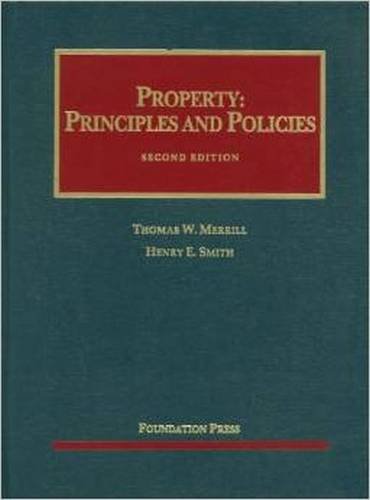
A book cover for Property: Principles and Policies (University Casebook Series); Thomas Merrill; Law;